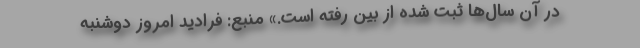
در آن سال‌ها ثبت شده از بین رفته است.» منبع: فرادید امروز دوشنبه